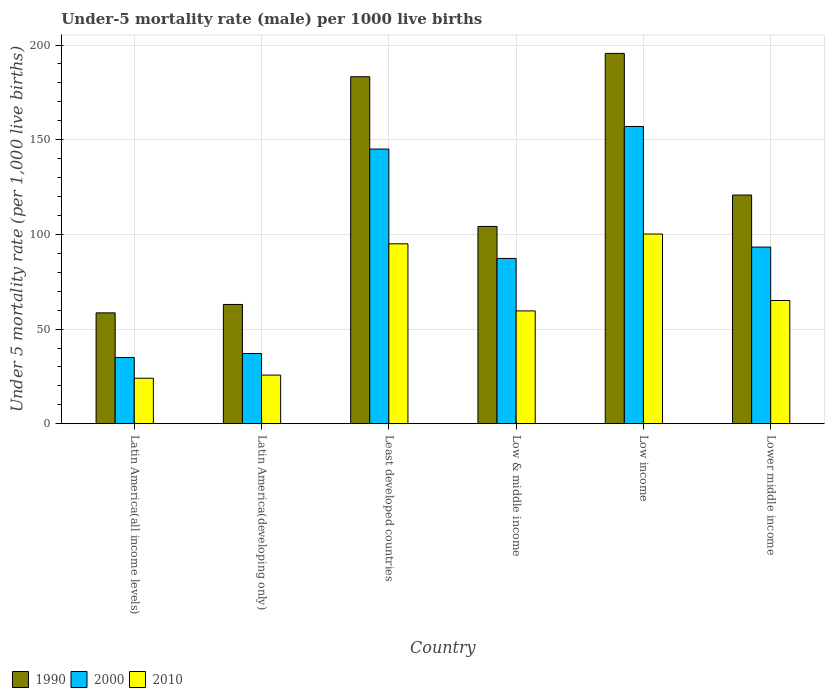
| Country | 1990 | 2000 | 2010 |
 | --- | --- | --- | --- |
 | Latin America(all income levels) | 58.6 | 35 | 24 |
 | Latin America(developing only) | 63 | 37.1 | 25.7 |
 | Least developed countries | 183 | 145 | 95 |
 | Low & middle income | 104 | 87.3 | 59.6 |
 | Low income | 196 | 157 | 100 |
 | Lower middle income | 121 | 93.3 | 65.1 |